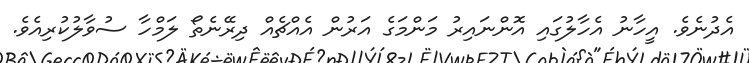
އެދުނެވެ. އީހާނު އެހާލުގައި އޮންނައިރު މަންމަގެ އަރުން އެއްޗެއް ދިރޭނެތޯ ލަމްހާ ސުވާލުކުރިއެވެ.